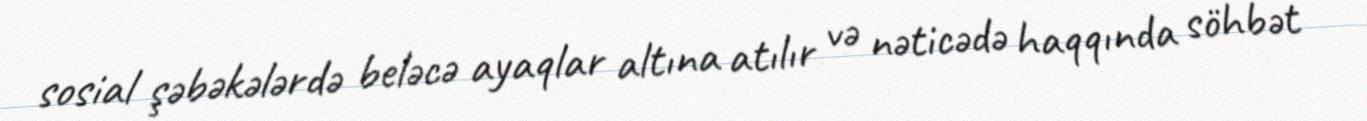
sosial şəbəkələrdə beləcə ayaqlar altına atılır və nəticədə haqqında söhbət